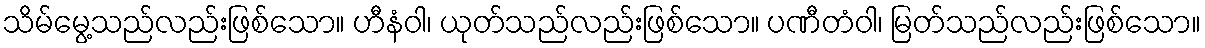
သိမ်မွေ့သည်လည်းဖြစ်သော။ ဟီနံဝါ၊ ယုတ်သည်လည်းဖြစ်သော။ ပဏီတံဝါ၊ မြတ်သည်လည်းဖြစ်သော။